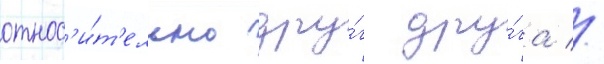
относ'и́т'ельно дру́г дру́га //